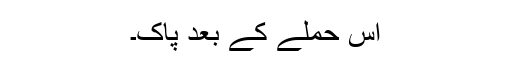
اس حملے کے بعد پاک۔